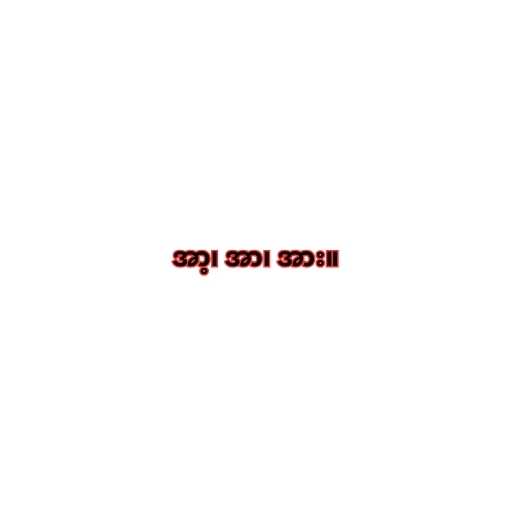
အာ့၊ အာ၊ အား။